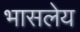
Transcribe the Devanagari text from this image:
भासलेय